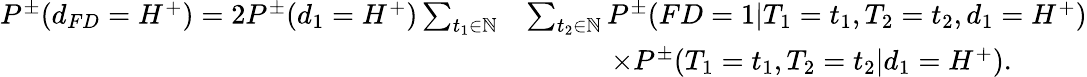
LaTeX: \begin{array}{rl}{P^{\pm}(d_{FD}=H^{+})=2P^{\pm}(d_{1}=H^{+})\sum_{t_{1}\in\mathbb{N}}}&{\sum_{t_{2}\in\mathbb{N}}P^{\pm}(FD=1|T_{1}=t_{1},T_{2}=t_{2},d_{1}=H^{+})}\\ &{\qquad\quad\times P^{\pm}(T_{1}=t_{1},T_{2}=t_{2}|d_{1}=H^{+}).}\end{array}